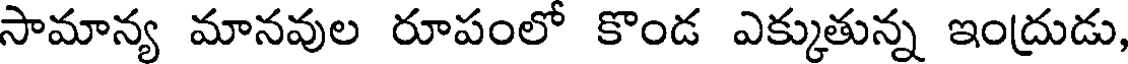
సామాన్య మానవుల రూపంలో కొండ ఎక్కుతున్న ఇంద్రుడు,